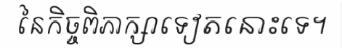
នៃកិច្ចពិភាក្សាទៀតនោះទេ។